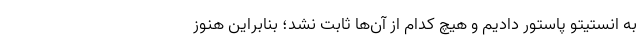
به انستیتو پاستور دادیم و هیچ کدام از آن‌ها ثابت نشد؛ بنابراین هنوز